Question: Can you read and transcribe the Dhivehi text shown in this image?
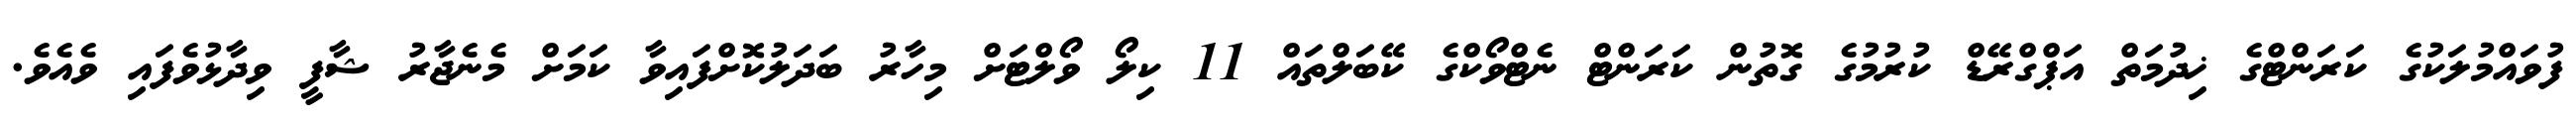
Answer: ފުވައްމުލަކުގެ ކަރަންޓްގެ ޚިދުމަތް އަޕްގްރޭޑް ކުރުމުގެ ގޮތުން ކަރަންޓް ނެޓްވޯކްގެ ކޭބަލްތައް 11 ކިލޯ ވޯލްޓަށް މިހާރު ބަދަލުކޮށްފައިވާ ކަމަށް މެނެޖާރު ޝާފީ ވިދާޅުވެފައި ވެއެވެ.